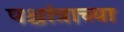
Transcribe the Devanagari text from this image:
पश्चांत्राच्या